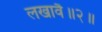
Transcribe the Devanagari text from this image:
लखावै॥२॥